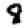
Digit: 8